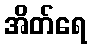
အိတ်ရေ